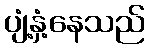
ပျံ့နှံ့နေသည်